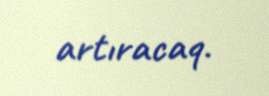
artıracaq.